Indian Civil Veterinary Department memoirs
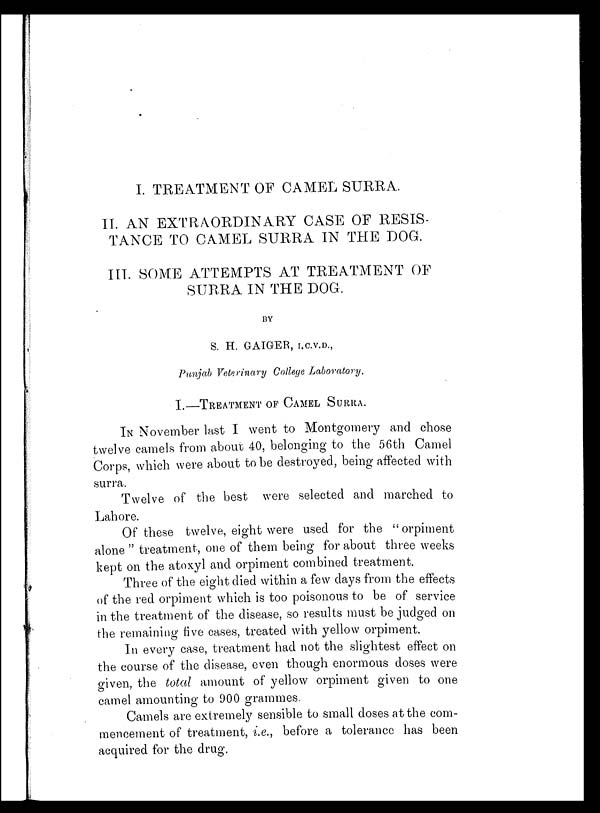
I. TREATMENT OF CAMEL SURRA.
II. AN EXTRAORDINARY CASE OF RESIS
TANCE TO CAMEL SURRA IN THE DOG.
III. SOME ATTEMPTS AT TREATMENT OF
SURRA IN THE DOG.
BY
S. H. GAIGER, I.C.V.D.,
Punjab Veterinary College Laboratory.
I.—TREATMENT OF CAMEL SURRA.
IN November last I went to Montgomery and chose
twelve camels from about 40, belonging to the 56th Camel
Corps, which were about to be destroyed, being affected with
surra.
Twelve of the best were selected and marched to
Lahore.
Of these twelve, eight were used for the "orpiment
alone" treatment, one of them being for about three weeks
kept on the atoxyl and orpiment combined treatment.
Three of the eight died within a few days from the effects
of the red orpiment which is too poisonous to be of service
in the treatment of the disease, so results must be judged on
the remaining five cases, treated with yellow orpiment.
In every case, treatment had not the slightest effect on
the course of the disease, even though enormous doses were
given, the total amount of yellow orpiment given to one
camel amounting to 900 grammes.
Camels are extremely sensible to small doses at the com-
mencement of treatment, i.e., before a tolerance has been
acquired for the drug.